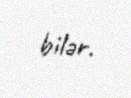
bilər.